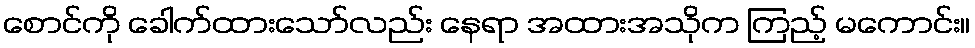
စောင်ကို ခေါက်ထားသော်လည်း နေရာ အထားအသိုက ကြည့် မကောင်း။